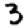
Digit: 3